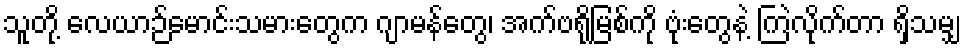
သူတို့ လေယာဉ်မောင်းသမားတွေက ဂျာမန်တွေ၊ အက်ဗရိုမြစ်ကို ဗုံးတွေနဲ့ ကြဲလိုက်တာ ရှိသမျှ